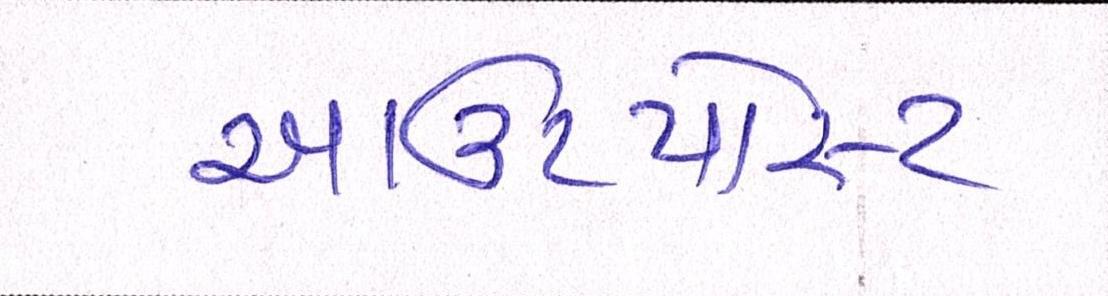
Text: આઉટપોસ્ટ